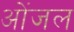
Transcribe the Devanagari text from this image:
ओंजल